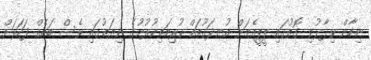
ނިހާން ވިދާޅުވި ގޮތުގައި ޕީޕީއެމަށް އުނދަގޫތައް ކުރިމަތިކުރުމުގެ ނިޔަތުގައި ވެސް ބައެއް ފަހަރަށް